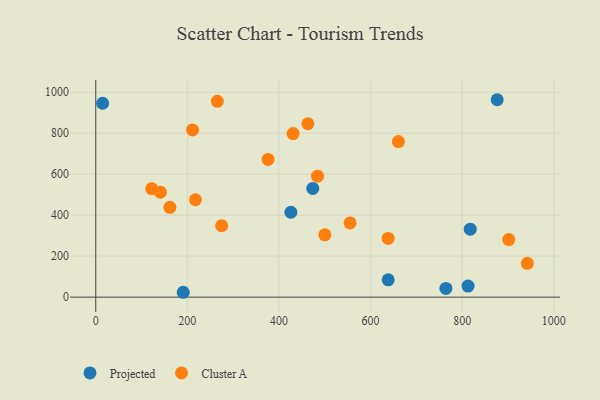
{"axis": {"x": "Ad Spend", "y": "Rating"}, "legend": ["Cluster A", "Projected"], "data": [{"x": "876.3", "y": 963.5, "type": "Projected"}, {"x": "817.5", "y": 331.9, "type": "Projected"}, {"x": "425.9", "y": 414.4, "type": "Projected"}, {"x": "473.7", "y": 530.5, "type": "Projected"}, {"x": "764.4", "y": 42.4, "type": "Projected"}, {"x": "812.7", "y": 53.8, "type": "Projected"}, {"x": "638.4", "y": 84.3, "type": "Projected"}, {"x": "15.0", "y": 946.3, "type": "Projected"}, {"x": "191.0", "y": 23.7, "type": "Projected"}, {"x": "211.3", "y": 816.3, "type": "Cluster A"}, {"x": "376.2", "y": 672.1, "type": "Cluster A"}, {"x": "901.5", "y": 280.7, "type": "Cluster A"}, {"x": "265.4", "y": 955.8, "type": "Cluster A"}, {"x": "638.3", "y": 286.7, "type": "Cluster A"}, {"x": "430.7", "y": 798.4, "type": "Cluster A"}, {"x": "942.2", "y": 165.2, "type": "Cluster A"}, {"x": "274.9", "y": 348.7, "type": "Cluster A"}, {"x": "122.2", "y": 529.5, "type": "Cluster A"}, {"x": "161.9", "y": 438.2, "type": "Cluster A"}, {"x": "500.1", "y": 304.3, "type": "Cluster A"}, {"x": "217.6", "y": 475.3, "type": "Cluster A"}, {"x": "463.1", "y": 846.3, "type": "Cluster A"}, {"x": "484.1", "y": 590.2, "type": "Cluster A"}, {"x": "141.1", "y": 512.1, "type": "Cluster A"}, {"x": "660.7", "y": 759.4, "type": "Cluster A"}, {"x": "555.1", "y": 362.3, "type": "Cluster A"}]}